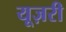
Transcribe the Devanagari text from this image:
यूज़री